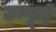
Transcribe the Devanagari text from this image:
उन्गूमे